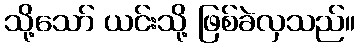
သို့သော် ယင်းသို့ ဖြစ်ခဲလှသည်။